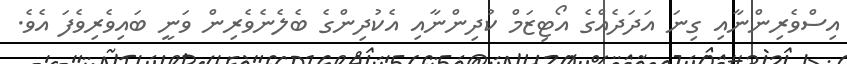
އިސްވެރިންނާއި ގިނަ އަދަދެއްގެ އޯޓިޒަމް ކުދިންނާއި އެކުދިންގެ ބެލެނެވެރިން ވަނީ ބައިވެރިވެފަ އެވެ.